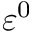
\varepsilon ^ { 0 }